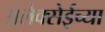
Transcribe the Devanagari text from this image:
अलेक्सेईच्या